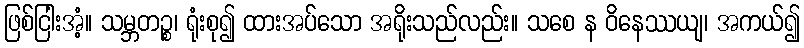
ဖြစ်ငြါးအံ့။ သမ္ဘတဉ္စ၊ ရုံးစု၍ ထားအပ်သော အရိုးသည်လည်း။ သစေ န ဝိနေဿယျ၊ အကယ်၍